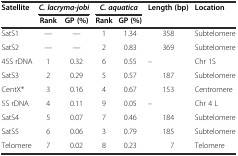
| Satellite | <COLSPAN=2> C. lacryma-jobi | <COLSPAN=2> C. aquatica | Length (bp) | Location |
 |  | Rank | GP (%) | Rank | GP (%) |  |  |
 | --- | --- | --- | --- | --- | --- | --- |
 | SatS1 | — | — | 1 | 1.34 | 358 | Subtelomere |
 | SatS2 | — | — | 2 | 0.83 | 369 | Subtelomere |
 | 45S rDNA | 1 | 0.32 | 6 | 0.55 | – | Chr 1S |
 | SatS3 | 2 | 0.29 | 5 | 0.57 | 187 | Subtelomere |
 | CentX* | 3 | 0.16 | 4 | 0.67 | 153 | Centromere |
 | 5S rDNA | 4 | 0.11 | 9 | 0.05 | – | Chr 4 L |
 | SatS4 | 5 | 0.07 | 7 | 0.46 | 184 | Subtelomere |
 | SatS5 | 6 | 0.06 | 3 | 0.79 | 185 | Subtelomere |
 | Telomere | 7 | 0.02 | 8 | 0.23 | 7 | Telomere |